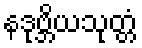
နဒုဗ္ဘိယသုတ္တံ